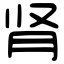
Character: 肾